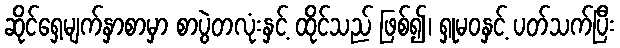
ဆိုင်ရှေ့မျက်နှာစာမှာ စာပွဲတလုံးနှင့် ထိုင်သည် ဖြစ်၍၊ ရှုမဝနှင့် ပတ်သက်ပြီး